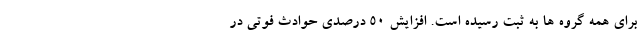
برای همه گروه ها به ثبت رسیده است. افزایش 50 درصدی حوادث فوتی در